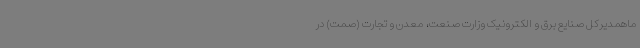
ماهمدیرکل صنایع برق و الکترونیک وزارت صنعت، معدن و تجارت (صمت) در